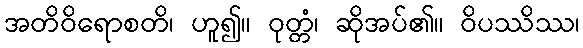
အတိဝိရောစတိ၊ ဟူ၍။ ဝုတ္တံ၊ ဆိုအပ်၏။ ဝိပဿိဿ၊